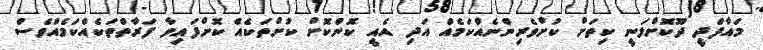
މައާފްދީ ދޫކޮށްލަނީ ކިތަށް ކުށްވެރިންނެއްކަމެއް އަދި އެއީ ކޮންކޮށް ކުށްތަކެއް ކޮށްފައިވާ ފަރާތްތަކެއްކަމެއްވެސް